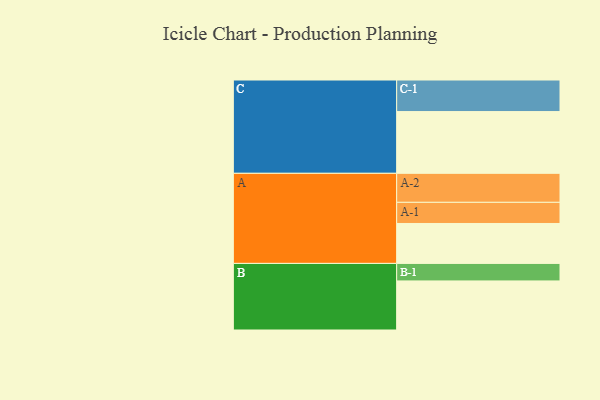
{"axis": {"x": "Segment", "y": "Value"}, "legend": ["", "A", "B", "C"], "data": [{"x": "A", "y": 372, "type": ""}, {"x": "B", "y": 457, "type": ""}, {"x": "C", "y": 575, "type": ""}, {"x": "A-1", "y": 197, "type": "A"}, {"x": "A-2", "y": 270, "type": "A"}, {"x": "B-1", "y": 163, "type": "B"}, {"x": "C-1", "y": 294, "type": "C"}]}